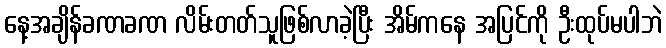
နေ့အချိန်ခဏခဏ လိမ်းတတ်သူဖြစ်လာခဲ့ပြီး အိမ်ကနေ အပြင်ကို ဦးထုပ်မပါဘဲ